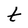
Character: t